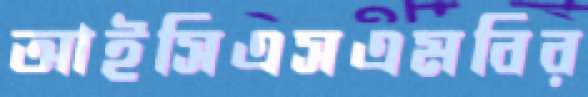
আইসিএসএমবির